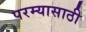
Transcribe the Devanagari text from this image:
परम्यासाठी